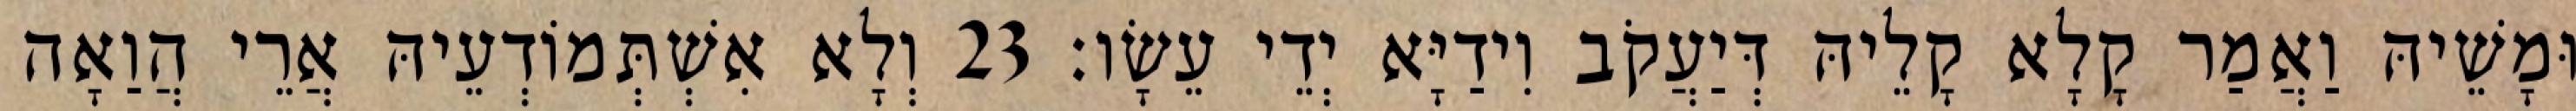
וּמָשֵׁיהּ וַאֲמַר קָלָא קָלֵיהּ דְּיַעֲקֹב וִידַיָּא יְדֵי עֵשָׂו׃ 23 וְלָא אִשְׁתְּמוֹדְעֵיהּ אֲרֵי הֲוַאָה